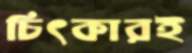
চিৎকারই